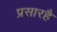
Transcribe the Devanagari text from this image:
प्रसारहै